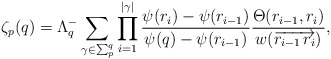
\begin{align*}\zeta_p(q)=\Lambda_q^- \sum_{\gamma \in \sum_p^q} \prod_{i=1}^{|\gamma|} \frac{\psi(r_i)-\psi(r_{i-1})}{\psi(q)-\psi(r_{i-1})} \frac{\Theta(r_{i-1},r_i)}{w(\overrightarrow{r_{i-1}\,r_i})},\end{align*}